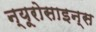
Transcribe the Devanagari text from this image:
न्यूरोसाइन्स